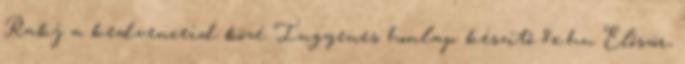
Rakj a kedvenceid közé Ingyenes honlap készítő 8x.hu Először,